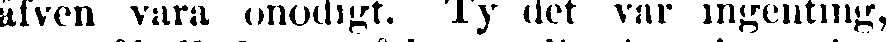
äfven vara onödigt. Ty det var ingenting,